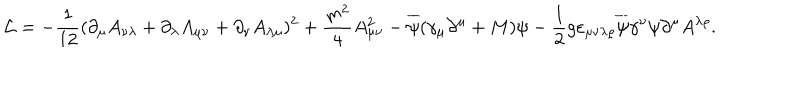
{ \cal L } = - \frac { 1 } { 1 2 } ( \partial _ { \mu } A _ { \nu \lambda } + \partial _ { \lambda } A _ { \mu \nu } + \partial _ { \nu } A _ { \lambda \mu } ) ^ { 2 } + \frac { m ^ { 2 } } { 4 } A _ { \mu \nu } ^ { 2 } - \overline { { { \psi } } } ( \gamma _ { \mu } \partial ^ { \mu } + M ) \psi - \frac { 1 } { 2 } g \varepsilon _ { \mu \nu \lambda \varrho } \overline { { { \psi } } } \gamma ^ { \nu } \psi \partial ^ { \mu } A ^ { \lambda \varrho } .